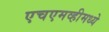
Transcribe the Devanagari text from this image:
एचएमव्हीमध्ये